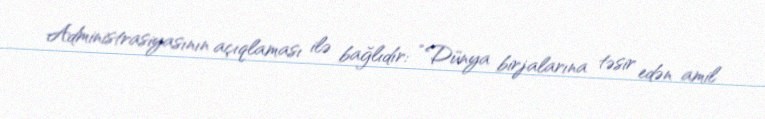
Administrasiyasının açıqlaması ilə bağlıdır: “Dünya birjalarına təsir edən amil